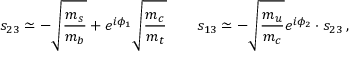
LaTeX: s _ { 2 3 } \simeq - \sqrt { { \frac { m _ { s } } { m _ { b } } } } + e ^ { i \phi _ { 1 } } \sqrt { { \frac { m _ { c } } { m _ { t } } } } \qquad s _ { 1 3 } \simeq - \sqrt { { \frac { m _ { u } } { m _ { c } } } } e ^ { i \phi _ { 2 } } \cdot s _ { 2 3 } \, ,